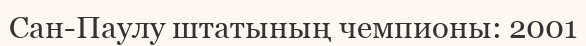
Сан-Паулу штатының чемпионы: 2001